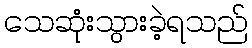
သေဆုံးသွားခဲ့ရသည်